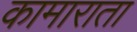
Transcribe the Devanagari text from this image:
कामाराता